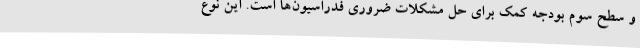
و سطح سوم بودجه کمک برای حل مشکلات ضروری فدراسیون‌ها است. این نوع